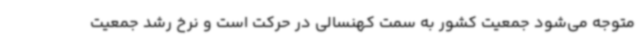
متوجه می‌شود جمعیت کشور به سمت کهنسالی در حرکت است و نرخ رشد جمعیت